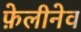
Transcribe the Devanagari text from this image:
फ़ेलीनेव